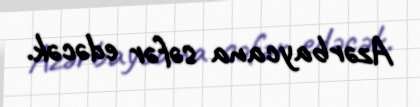
Azərbaycana səfər edəcək.